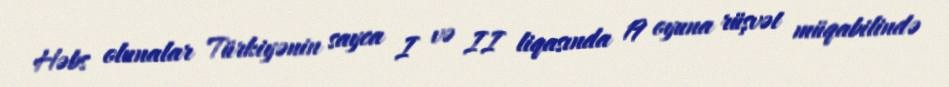
Həbs olunalar Türkiyənin sayca I və II liqasında 19 oyuna rüşvət müqabilində